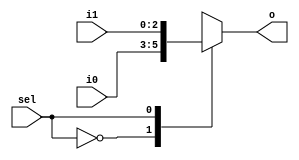
`timescale 1ns / 1ps

module mux2_1_3(
		output reg [2:0] o,
		input [2:0] i0, i1,
		input sel);
//	not(nsel, sel);
//	and(t1, i0, nsel), (t2, i1, sel);
//	or(o, t1, t2);
	always @(sel, i0, i1)
	case(sel)
		0: o = i0;
		1: o = i1;
	endcase
endmodule

module tb_mux2_1_3;
	reg [2:0] i0, i1;
	reg sel;
	wire [2:0] o;
	
	mux2_1_3 m(o, i0, i1, sel);
	
	initial
	begin
		i0=0; i1=1;
		#10 sel=0;
		#10 sel=1;
		#10 sel=1;
		#10 sel=0;
		#10 sel=0;
		#10 sel=1;
	end
endmodule